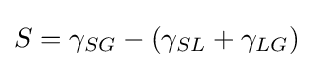
S=\gamma _{SG}-\left(\gamma _{SL}+\gamma _{LG}\right)